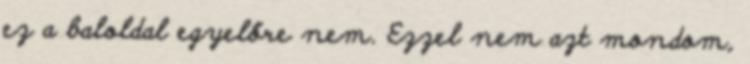
ez a baloldal egyelőre nem. Ezzel nem azt mondom,